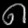
Digit: ၈